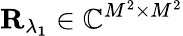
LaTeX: \mathbf{R_{\lambda_{1}}}\in\mathbb{C}^{M^{2}\times M^{2}}